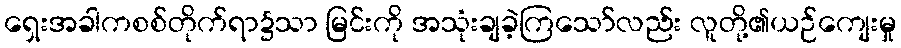
ရှေးအခါကစစ်တိုက်ရာ၌သာ မြင်းကို အသုံးချခဲ့ကြသော်လည်း လူတို့၏ယဉ်ကျေးမှု